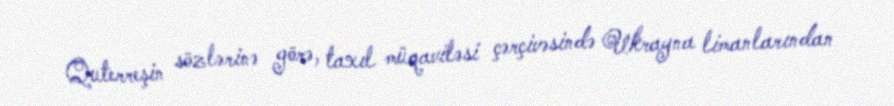
Quterreşin sözlərinə görə, taxıl müqaviləsi çərçivəsində Ukrayna limanlarından